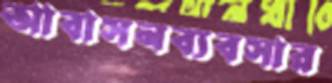
আবাসনব্যবসার